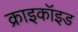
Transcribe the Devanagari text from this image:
क्राइकॉइड